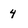
Character: 4